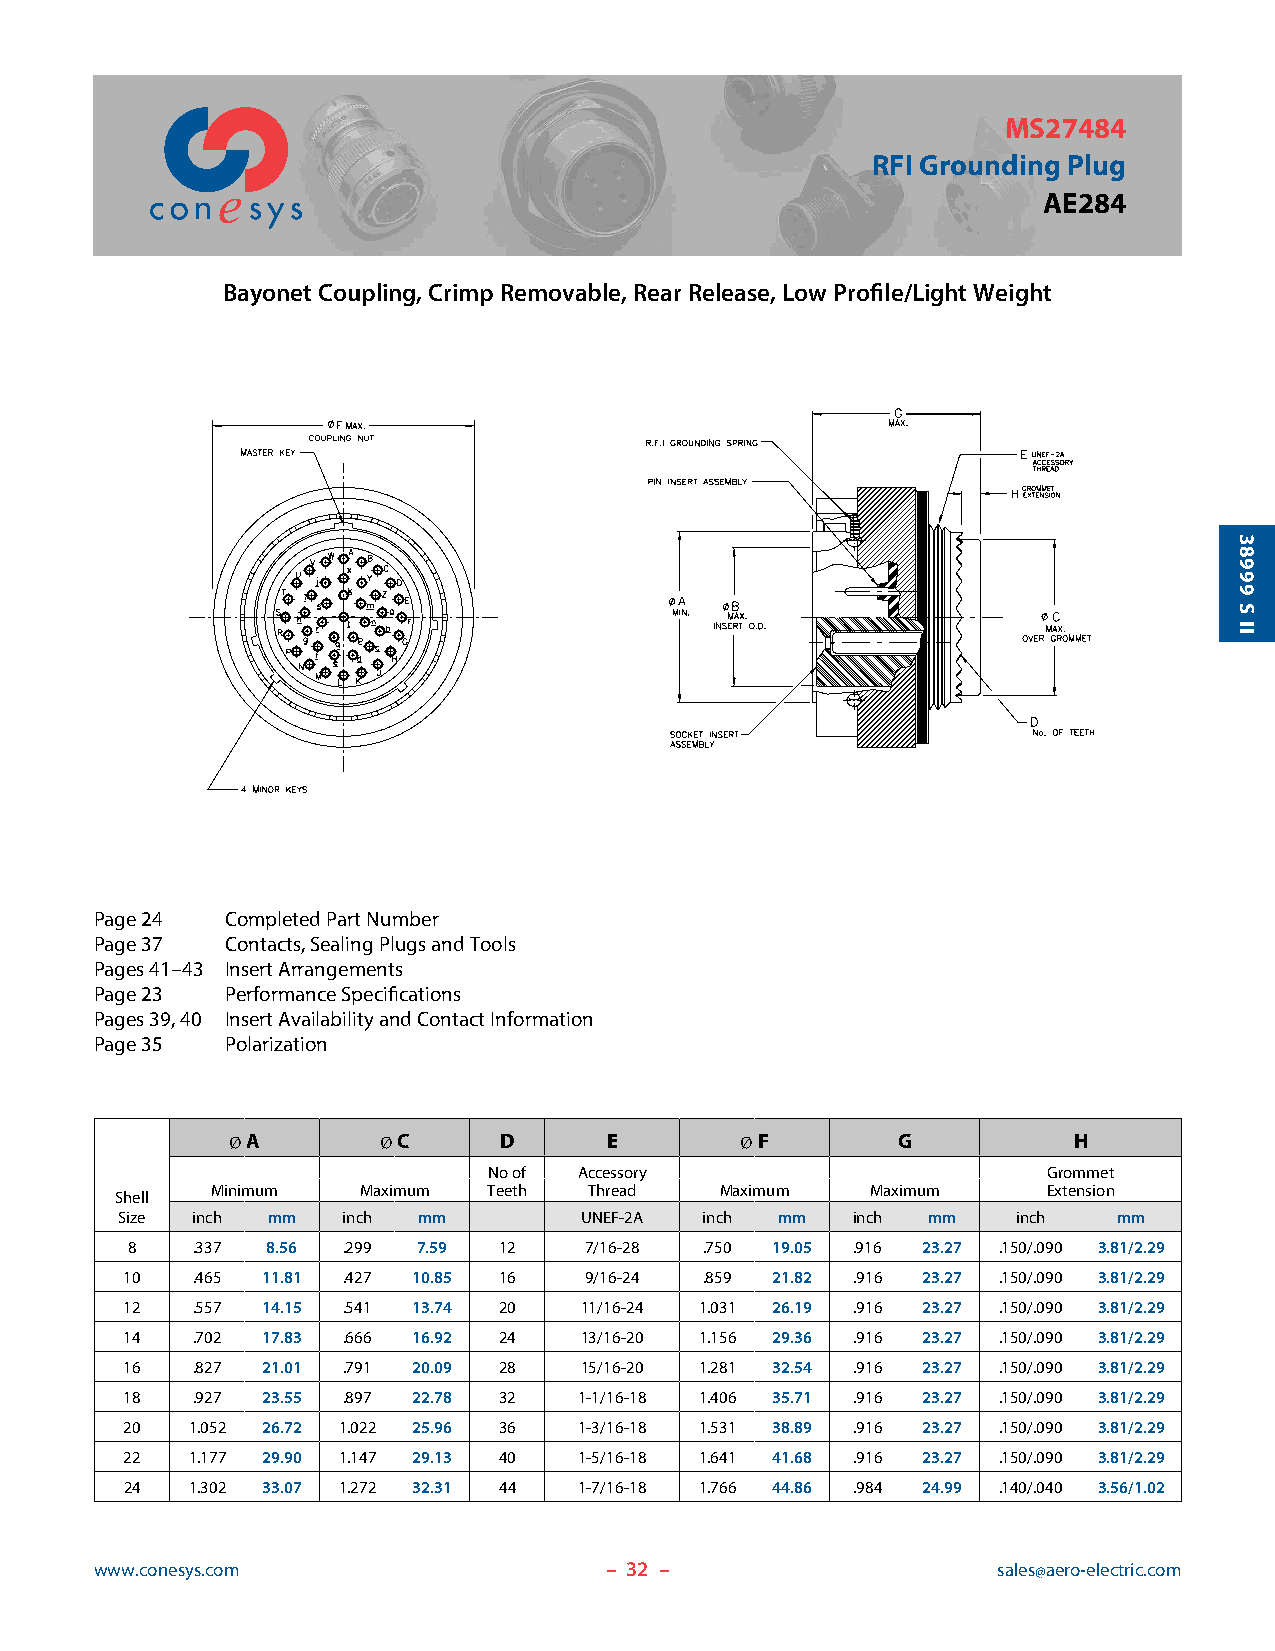
MS27484
 RFI Grounding Plug
 AE284
 Bayonet Coupling, Crimp Removable, Rear Release, Low Profile/Light Weight
 Page 24  Completed Part Number
 Page 37  Contacts, Sealing Plugs and Tools
 Pages 41–43 Insert Arrangements
 Page 23  Performance Specifications
 Pages 39, 40 Insert Availability and Contact Information
 Page 35  Polarization
 Ø A       Ø C     D      E        Ø F       G           H
 No of Accessory                      Grommet
 Minimum   Maximum Teeth  Thread   Maximum   Maximum    Extension
 Shell
 Size inch mm   inch mm        UNEF-2A  inch mm  inch mm    inch   mm
 8    .337 8.56 .299 7.59 12    7/16-28 .750 19.05 .916 23.27 .150/.090 3.81/2.29
 10   .465 11.81 .427 10.85 16  9/16-24 .859 21.82 .916 23.27 .150/.090 3.81/2.29
 12   .557 14.15 .541 13.74 20 11/16-24 1.031 26.19 .916 23.27 .150/.090 3.81/2.29
 14   .702 17.83 .666 16.92 24 13/16-20 1.156 29.36 .916 23.27 .150/.090 3.81/2.29
 16   .827 21.01 .791 20.09 28 15/16-20 1.281 32.54 .916 23.27 .150/.090 3.81/2.29
 18   .927 23.55 .897 22.78 32 1-1/16-18 1.406 35.71 .916 23.27 .150/.090 3.81/2.29
 20  1.052 26.72 1.022 25.96 36 1-3/16-18 1.531 38.89 .916 23.27 .150/.090 3.81/2.29
 22  1.177 29.90 1.147 29.13 40 1-5/16-18 1.641 41.68 .916 23.27 .150/.090 3.81/2.29
 24  1.302 33.07 1.272 32.31 44 1-7/16-18 1.766 44.86 .984 24.99 .140/.040 3.56/1.02
 www.conesys.com                   – 3 2 –                   sales@aero-electric.com
 38999
 S
 II